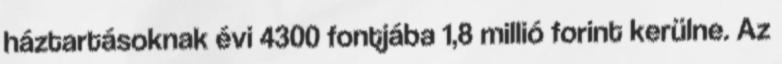
háztartásoknak évi 4300 fontjába 1,8 millió forint kerülne. Az